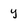
Character: y